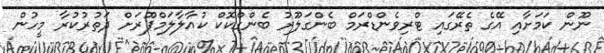
ނޫން ކަމަށާއި އޭގެ ތެރޭގައި ޓްރިވެންޑްރަމް ބެންގަލޫރު ބެންގްކޮކް ކުއާލާލަމްޕޫރަށް ދަތުރުކުރާ މީހުން